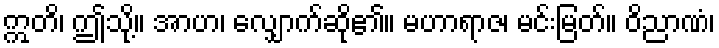
ဣတိ၊ ဤသို့။ အာဟ၊ လျှောက်ဆို၏။ မဟာရာဇ၊ မင်းမြတ်။ ဝိညာဏံ၊